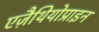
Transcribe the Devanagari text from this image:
एज़ैथियोप्राइन